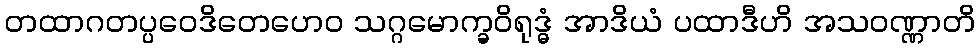
တထာဂတပ္ပဝေဒိတေဟေဝ သဂ္ဂမောက္ခဝိရုဒ္ဓံ အာဒိယံ ပထာဒီဟိ အသဝဏ္ဏာတိ